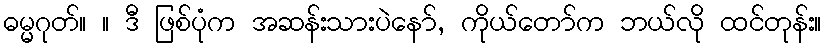
ဓမ္မဂုတ်။ ။ ဒီ ဖြစ်ပုံက အဆန်းသားပဲနော်, ကိုယ်တော်က ဘယ်လို ထင်တုန်း။